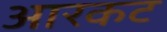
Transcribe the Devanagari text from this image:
आरकट